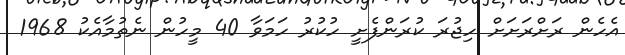
އެހެން ރަށްރަށަށް ހިޖުރަ ކުރަންފެށީ ހުކުރު ހަމަވާ 40 މީހުން ނެތުމާއެކު 1968